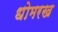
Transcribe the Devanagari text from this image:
धोमरख